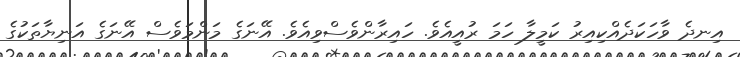
އިނދެ ވާހަކަދެއްކިއިރު ކަމީލާ ހަމަ ރުއީއެވެ. ހައިރާންވެސްވިއެވެ. އޭނަގެ މަންމަވެސް އޭނަގެ އަނިޔާތަކުގެ